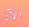
الآن